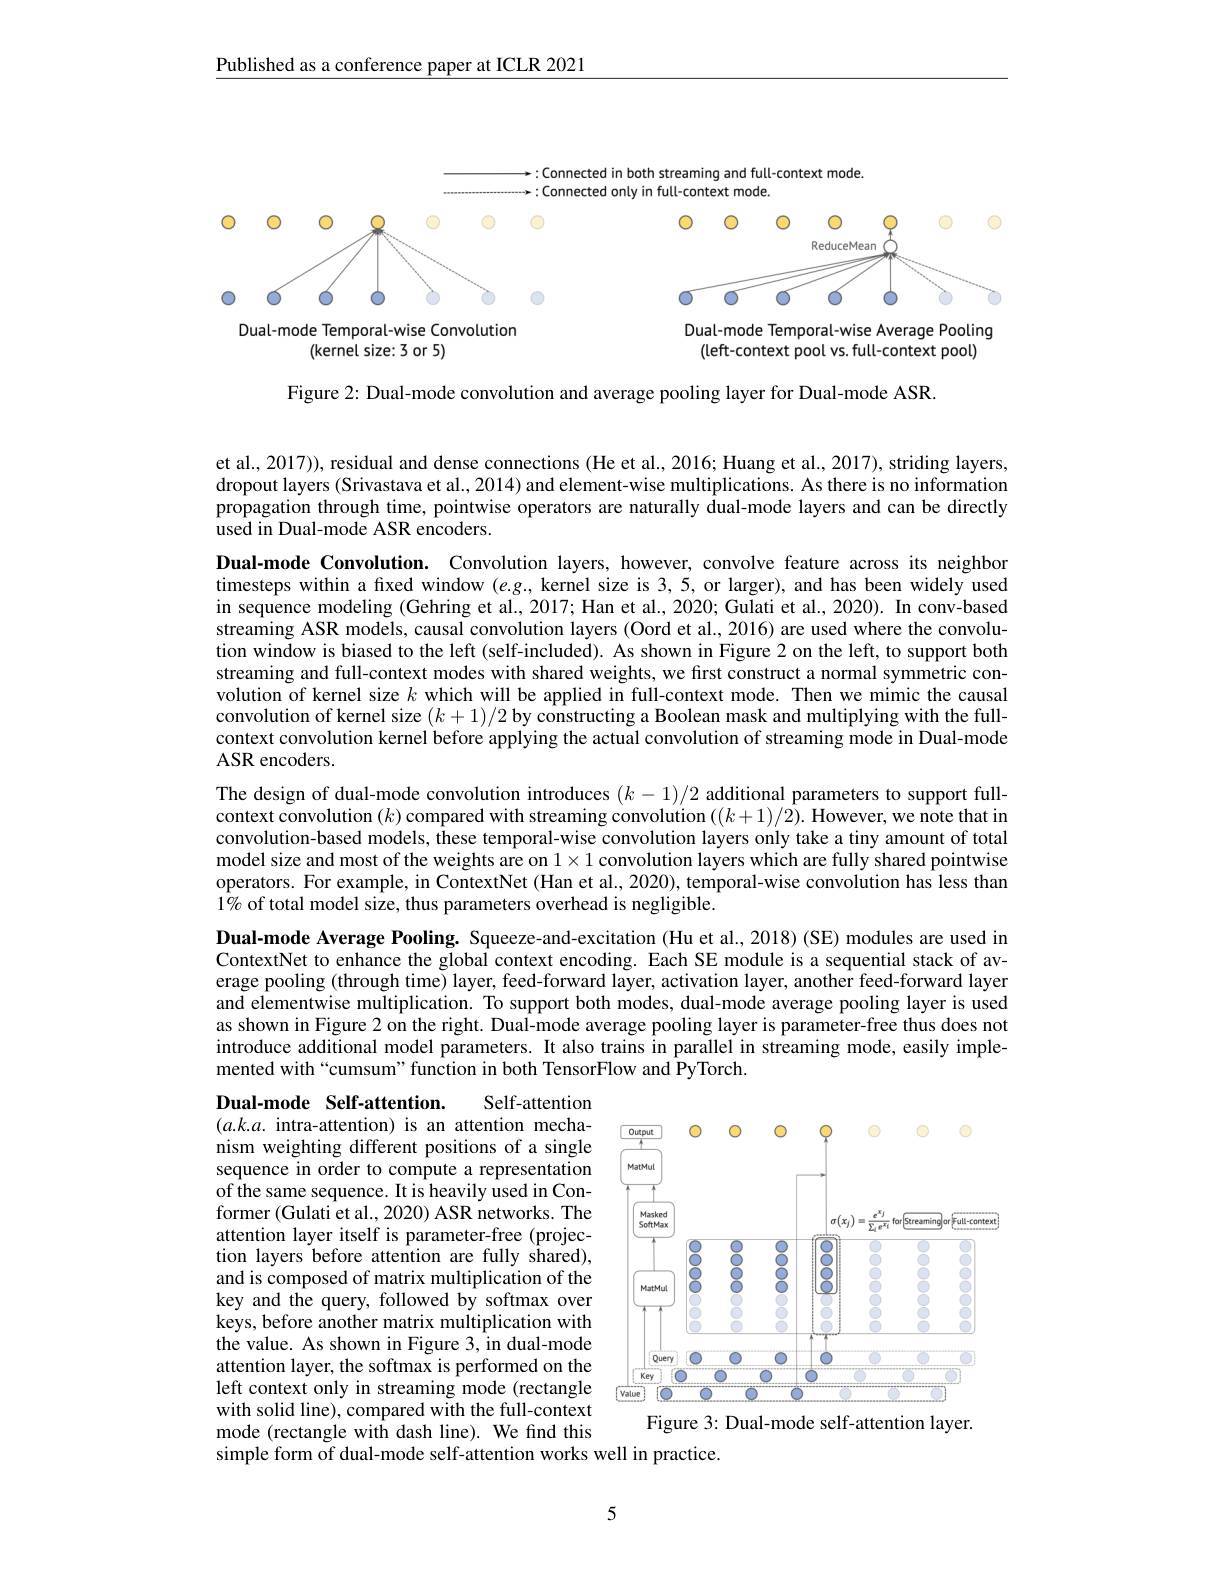
Published as a conference paper at ICLR 2021

:Connected in both streaming and full-context mode
$\because$Connected only in full-context mode.

<FigureHere>

<FigureHere>

Dual-mode Temporal-wise Convolution
(kernel size: 3 or 5)

Dual-mode Temporal-wise Average Pooling (left-context pool vs. full-context pool)

Figure 2: Dual-mode convolution and average pooling layer for Dual-mode ASR.

et al., 2017)), residual and dense connections (He et al., 2016; Huang et al., 2017), striding layers, dropout layers (Srivastava et al., 2014) and element-wise multiplications. As there is no information propagation through time, pointwise operators are naturally dual-mode layers and can be directly used in Dual-mode ASR encoders.
Dual-mode Convolution. Convolution layers, however, convolve feature across its neighbor timesteps within a fixed window $(e.g.$, kernel size is 3,5, or larger), and has been widely used in sequence modeling (Gehring et al., 2017; Han et al., 2020; Gulati et al., 2020). In conv-based streaming ASR models, causal convolution layers (Oord et al., 2016) are used where the convolution window is biased to the left (self-included). As shown in Figure 2 on the left, to support both streaming and full-context modes with shared weights, we first construct a normal symmetric convolution of kernel size $k$ which will be applied in full-context mode. Then we mimic the causal convolution of kernel size $( k+ 1) / 2$ by constructing a Boolean mask and multiplying with the full- context convolution kernel before applying the actual convolution of streaming mode in Dual-mode ASR encoders.
The design of dual-mode convolution introduces $(k-1)/2$ additional parameters to support fullcontext convolution $(k)$ compared with streaming convolution $((k+1)/2).$ However, we note that in convolution-based models, these temporal-wise convolution layers only take a tiny amount of total model size and most of the weights are on $1\times1$ convolution layers which are fully shared pointwise operators. For example, in ContextNet (Han et al., 2020), temporal-wise convolution has less than $1\%$ of total model size, thus parameters overhead is negligible.
Dual-mode Average Pooling. Squeeze-and-excitation (Hu et al., 2018) (SE) modules are used in ContextNet to enhance the global context encoding. Each SE module is a sequential stack of average pooling (through time) layer, feed-forward layer, activation layer, another feed-forward layer and elementwise multiplication. To support both modes, dual-mode average pooling layer is used

as shown in Figure 2 on the right. Dual-mode average pooling layer is parameter-free thus does not introduce additional model parameters. It also trains in parallel in streaming mode, easily implemented with“cumsum”function in both TensorFlow and PyTorch.

<FigureHere>
Figure 3: Dual-mode self-attention layer.

Self-attention
Dual-mode Self-attention.
$(a.k.a.$ intra-attention) is an attention mechanism weighting different positions of a single sequence in order to compute a representation of the same sequence. It is heavily used in Conformer (Gulati et al., 2020) ASR networks. The attention layer itself is parameter-free (projection layers before attention are fully shared), and is composed of matrix multiplication of the key and the query, followed by softmax over keys, before another matrix multiplication with the value. As shown in Figure 3, in dual-mode attention layer, the softmax is performed on the left context only in streaming mode (rectangle with solid line), compared with the full-context mode (rectangle with dash line). We find this simple form of dual-mode self-attention works well in practice.

5